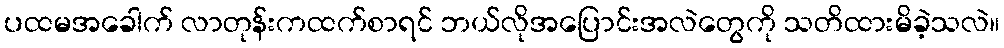
ပထမအခေါက် လာတုန်းကထက်စာရင် ဘယ်လိုအပြောင်းအလဲတွေကို သတိထားမိခဲ့သလဲ။